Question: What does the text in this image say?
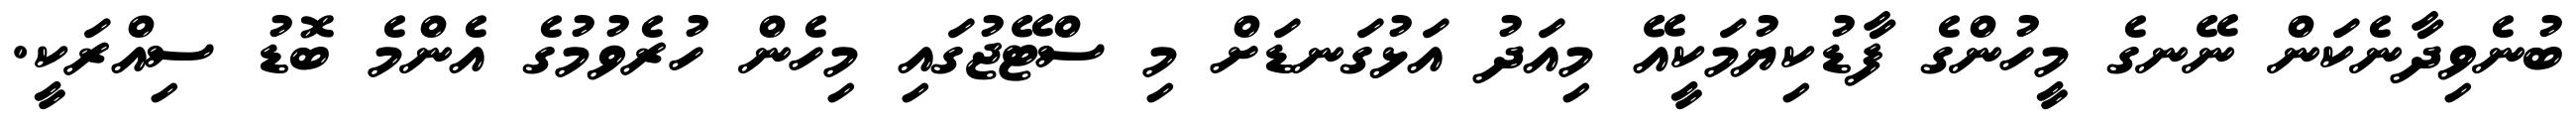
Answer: ބުނެވިދާނެކަން ނޭނގެ މީހުންގެ ފާޑުކިޔުމަކީއޭ މިއަދު އަޅުގަނޑަށް މި ސްޓޭޖުގައި މިހެން ހުރެވުމުގެ އެންމެ ބޮޑު ސިއްރަކީ.